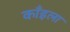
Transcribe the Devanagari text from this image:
काँइला